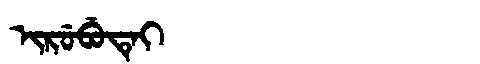
Manchu: ᡳᡵᡠᠪᡠᡨᡝᡳ
Romanization: IRUBUTEI